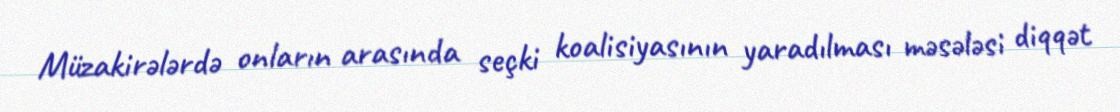
Müzakirələrdə onların arasında seçki koalisiyasının yaradılması məsələsi diqqət